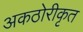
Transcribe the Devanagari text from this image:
अकठोरीकृत